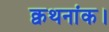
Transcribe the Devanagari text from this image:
क्वथनांक।